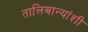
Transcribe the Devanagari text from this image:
तालिबान्यांशी